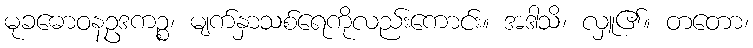
မုခဓောဝနဥဒကဉ္စ၊ မျက်နှာသစ်ရေကိုလည်းကောင်း။ အဒါသိ၊ လှူ၏။ တတော၊